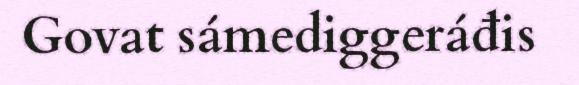
Govat sámediggeráđis